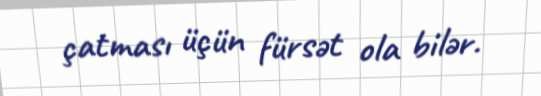
çatması üçün fürsət ola bilər.